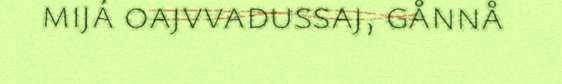
mijá oajvvadussaj, gånnå